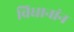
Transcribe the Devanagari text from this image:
विधानांन